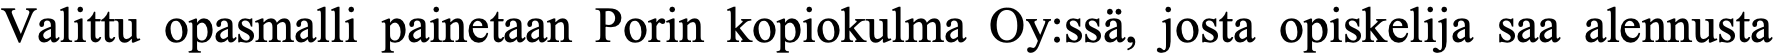
Valittu opasmalli painetaan Porin kopiokulma Oy:ssä, josta opiskelija saa alennusta